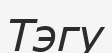
Тэгу